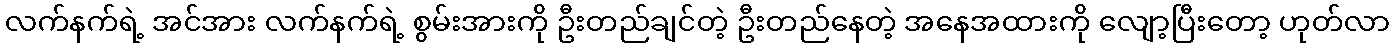
လက်နက်ရဲ့ အင်အား လက်နက်ရဲ့ စွမ်းအားကို ဦးတည်ချင်တဲ့ ဦးတည်နေတဲ့ အနေအထားကို လျော့ပြီးတော့ ဟုတ်လာ